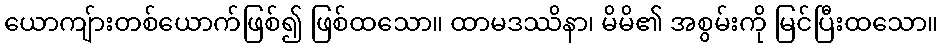
ယောကျ်ားတစ်ယောက်ဖြစ်၍ ဖြစ်ထသော။ ထာမဒဿိနာ၊ မိမိ၏ အစွမ်းကို မြင်ပြီးထသော။